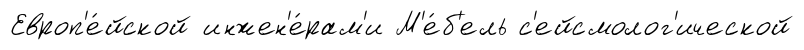
Европ'е́йской инжен'е́рам'и М'е́б'ель с'ейсмолог'ической